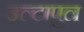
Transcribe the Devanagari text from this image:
उल्‍टापुल